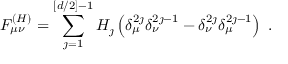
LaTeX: F _ { \mu \nu } ^ { ( H ) } = \sum _ { \jmath = 1 } ^ { [ d / 2 ] - 1 } H _ { \jmath } \left( \delta _ { \mu } ^ { 2 \jmath } \delta _ { \nu } ^ { 2 \jmath - 1 } - \delta _ { \nu } ^ { 2 \jmath } \delta _ { \mu } ^ { 2 \jmath - 1 } \right) \; .